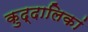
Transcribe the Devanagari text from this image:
कुद्दालिकां